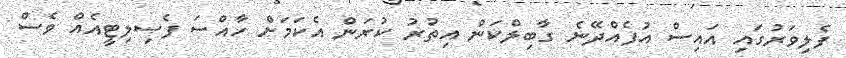
ފެލިވަރުގައި އައިސް އުފެއްދޭނެ ގާބިލްކަން އިތުރު ކުރަން އެކަމަށް ހާއްސަ ފެސިލިޓީއެއް ވެސް